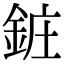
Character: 𬫝